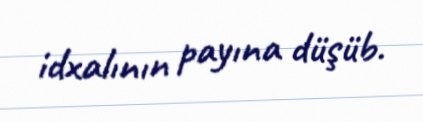
idxalının payına düşüb.